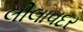
લીલાવદર